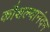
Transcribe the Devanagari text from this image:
कौशल्यानंदन